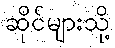
ဆိုင်များသို့